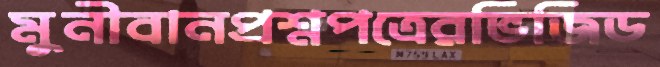
মুনীবানপ্রশ্নপত্রেরভিজিড